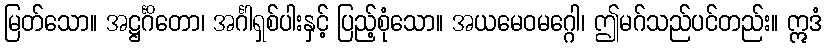
မြတ်သော။ အဋ္ဌင်္ဂိတော၊ အင်္ဂါရှစ်ပါးနှင့် ပြည့်စုံသော။ အယမေဝမဂ္ဂေါ၊ ဤမဂ်သည်ပင်တည်း။ ဣဒံ